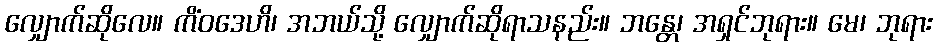
လျှောက်ဆိုလေ။ ကိံဝဒေဟိ၊ အဘယ်သို့ လျှောက်ဆိုရာသနည်း။ ဘန္တေ၊ အရှင်ဘုရား။ မေ၊ ဘုရား